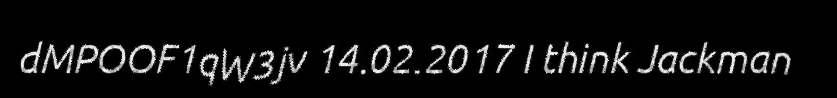
dMPOOF1qW3jv 14.02.2017 I think Jackman